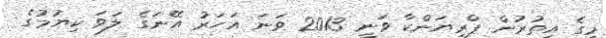
މީގެ އިތުރުން ޕްރިޔަންކާ ވަނީ 2013 ވަނަ އަހަރު އޭނަގެ ލަވަ ކިޔުމުގެ